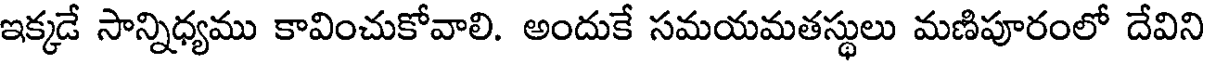
ఇక్కడే సాన్నిధ్యము కావించుకోవాలి. అందుకే సమయమతస్థులు మణిపూరంలో దేవిని